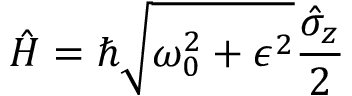
{ \hat { H } } = \hbar { \sqrt { \omega _ { 0 } ^ { 2 } + \epsilon ^ { 2 } } } { \frac { { \hat { \sigma } } _ { z } } { 2 } }